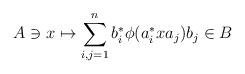
LaTeX: \begin{align*}A \ni x \mapsto \sum_{i,j=1}^n b_i^\ast \phi(a_i^\ast x a_j) b_j \in B\end{align*}